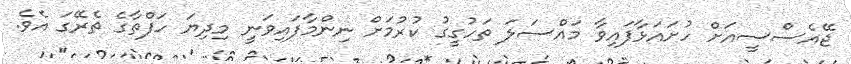
ޖޭއެސްސީއަށް ހުށައަޅާފައިވާ މައްސަލަ ތަހުގީގު ކުރުމަށް ނިންމާފައިވަނީ މިދިޔަ ހަފްތާގެ ތެރޭގަ އެވެ.